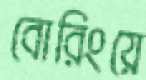
বোরিংয়ে